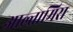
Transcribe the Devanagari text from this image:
आल्तामिरा